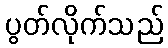
ပွတ်လိုက်သည်